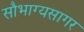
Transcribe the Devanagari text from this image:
सौभाग्यसागर